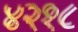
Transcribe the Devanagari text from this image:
४२१८